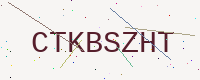
Text: CTKBSZHT